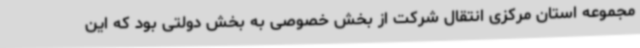
مجموعه استان مرکزی انتقال شرکت از بخش خصوصی به بخش دولتی بود که این